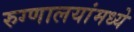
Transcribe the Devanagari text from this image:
रुग्णालयांमध्ये